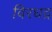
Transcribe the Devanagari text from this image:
विरधद्र